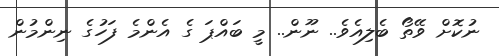
ނުކޮށް ވޭތޯ ބެލިއެވެ.. ނޫން.. މީ ބައްޕަ ގެ އެންމެ ފަހުގެ ނިންމުން